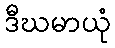
ဒီဃမာယုံ